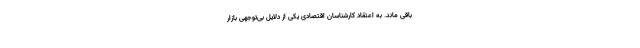
باقی ماند. به اعتقاد کارشناسان اقتصادی یکی از دلایل بی‌توجهی بازار